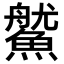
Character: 𩺔